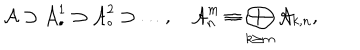
{ \cal A } \supset { \cal A } _ { \bullet } ^ { 1 } \supset { \cal A } _ { \bullet } ^ { 2 } \supset \ldots , \quad { \cal A } _ { n } ^ { m } \equiv \bigoplus _ { k \geq m } { \cal A } _ { k , n } ,